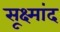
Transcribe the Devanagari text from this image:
सूक्ष्मांद